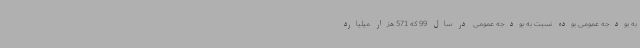
به بودجه عمومی بوده نسبت به بودجه عمومی در سال 99 که 571 هزار میلیارد